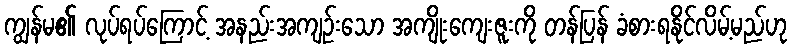
ကျွန်မ၏ လုပ်ရပ်ကြောင့် အနည်းအကျဉ်းသော အကျိုးကျေးဇူးကို တန်ပြန် ခံစားရနိုင်လိမ့်မည်ဟု